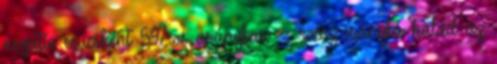
negatív csúcsként 59%-os arányban -- rossz irányba halad az